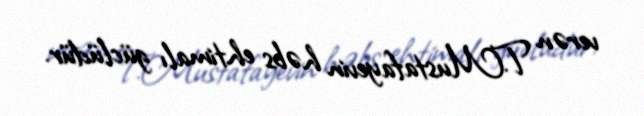
verən T.Mustafayevin həbs ehtimalı güclüdür.